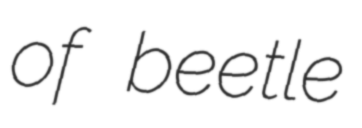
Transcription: of beetle